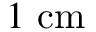
1 ~ \mathrm { c m }